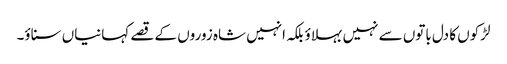
لڑکوں کا دل باتوں سے نہیں بہلاؤ بلکہ انہیں شاہ زوروں کے قصے کہانیاں سناؤ۔